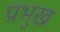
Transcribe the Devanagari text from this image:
प्रभुख